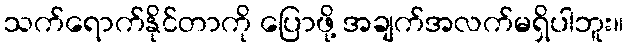
သက်ရောက်နိုင်တာကို ပြောဖို့ အချက်အလက်မရှိပါဘူး။